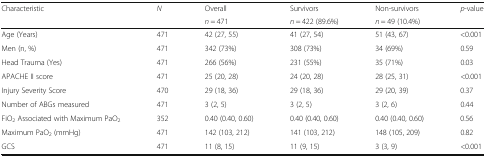
<table><thead><tr><td rowspan="2"><b>Characteristic</b></td><td rowspan="2"><b><i>N</i></b></td><td><b>Overall</b></td><td><b>Survivors</b></td><td><b>Non-survivors</b></td><td rowspan="2"><b><i>p</i>-value</b></td></tr><tr><td><b><i>n</i> = 471</b></td><td><b><i>n</i> = 422 (89.6%)</b></td><td><b><i>n</i> = 49 (10.4%)</b></td></tr></thead><tbody><tr><td>Age (Years)</td><td>471</td><td>42 (27, 55)</td><td>41 (27, 54)</td><td>51 (43, 67)</td><td>&lt;0.001</td></tr><tr><td>Men (n, %)</td><td>471</td><td>342 (73%)</td><td>308 (73%)</td><td>34 (69%)</td><td>0.59</td></tr><tr><td>Head Trauma (Yes)</td><td>471</td><td>266 (56%)</td><td>231 (55%)</td><td>35 (71%)</td><td>0.03</td></tr><tr><td>APACHE II score</td><td>471</td><td>25 (20, 28)</td><td>24 (20, 28)</td><td>28 (25, 31)</td><td>&lt;0.001</td></tr><tr><td>Injury Severity Score</td><td>470</td><td>29 (18, 36)</td><td>29 (18, 36)</td><td>29 (20, 39)</td><td>0.37</td></tr><tr><td>Number of ABGs measured</td><td>471</td><td>3 (2, 5)</td><td>3 (2, 5)</td><td>3 (2, 6)</td><td>0.44</td></tr><tr><td>FiO<sub>2</sub> Associated with Maximum PaO<sub>2</sub></td><td>352</td><td>0.40 (0.40, 0.60)</td><td>0.40 (0.40, 0.60)</td><td>0.40 (0.40, 0.60)</td><td>0.56</td></tr><tr><td>Maximum PaO<sub>2</sub> (mmHg)</td><td>471</td><td>142 (103, 212)</td><td>141 (103, 212)</td><td>148 (105, 209)</td><td>0.82</td></tr><tr><td>GCS</td><td>471</td><td>11 (8, 15)</td><td>11 (9, 15)</td><td>3 (3, 9)</td><td>&lt;0.001</td></tr></tbody></table>